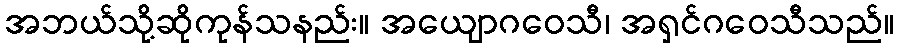
အဘယ်သို့ဆိုကုန်သနည်း။ အယျောဂဝေသီ၊ အရှင်ဂဝေသီသည်။